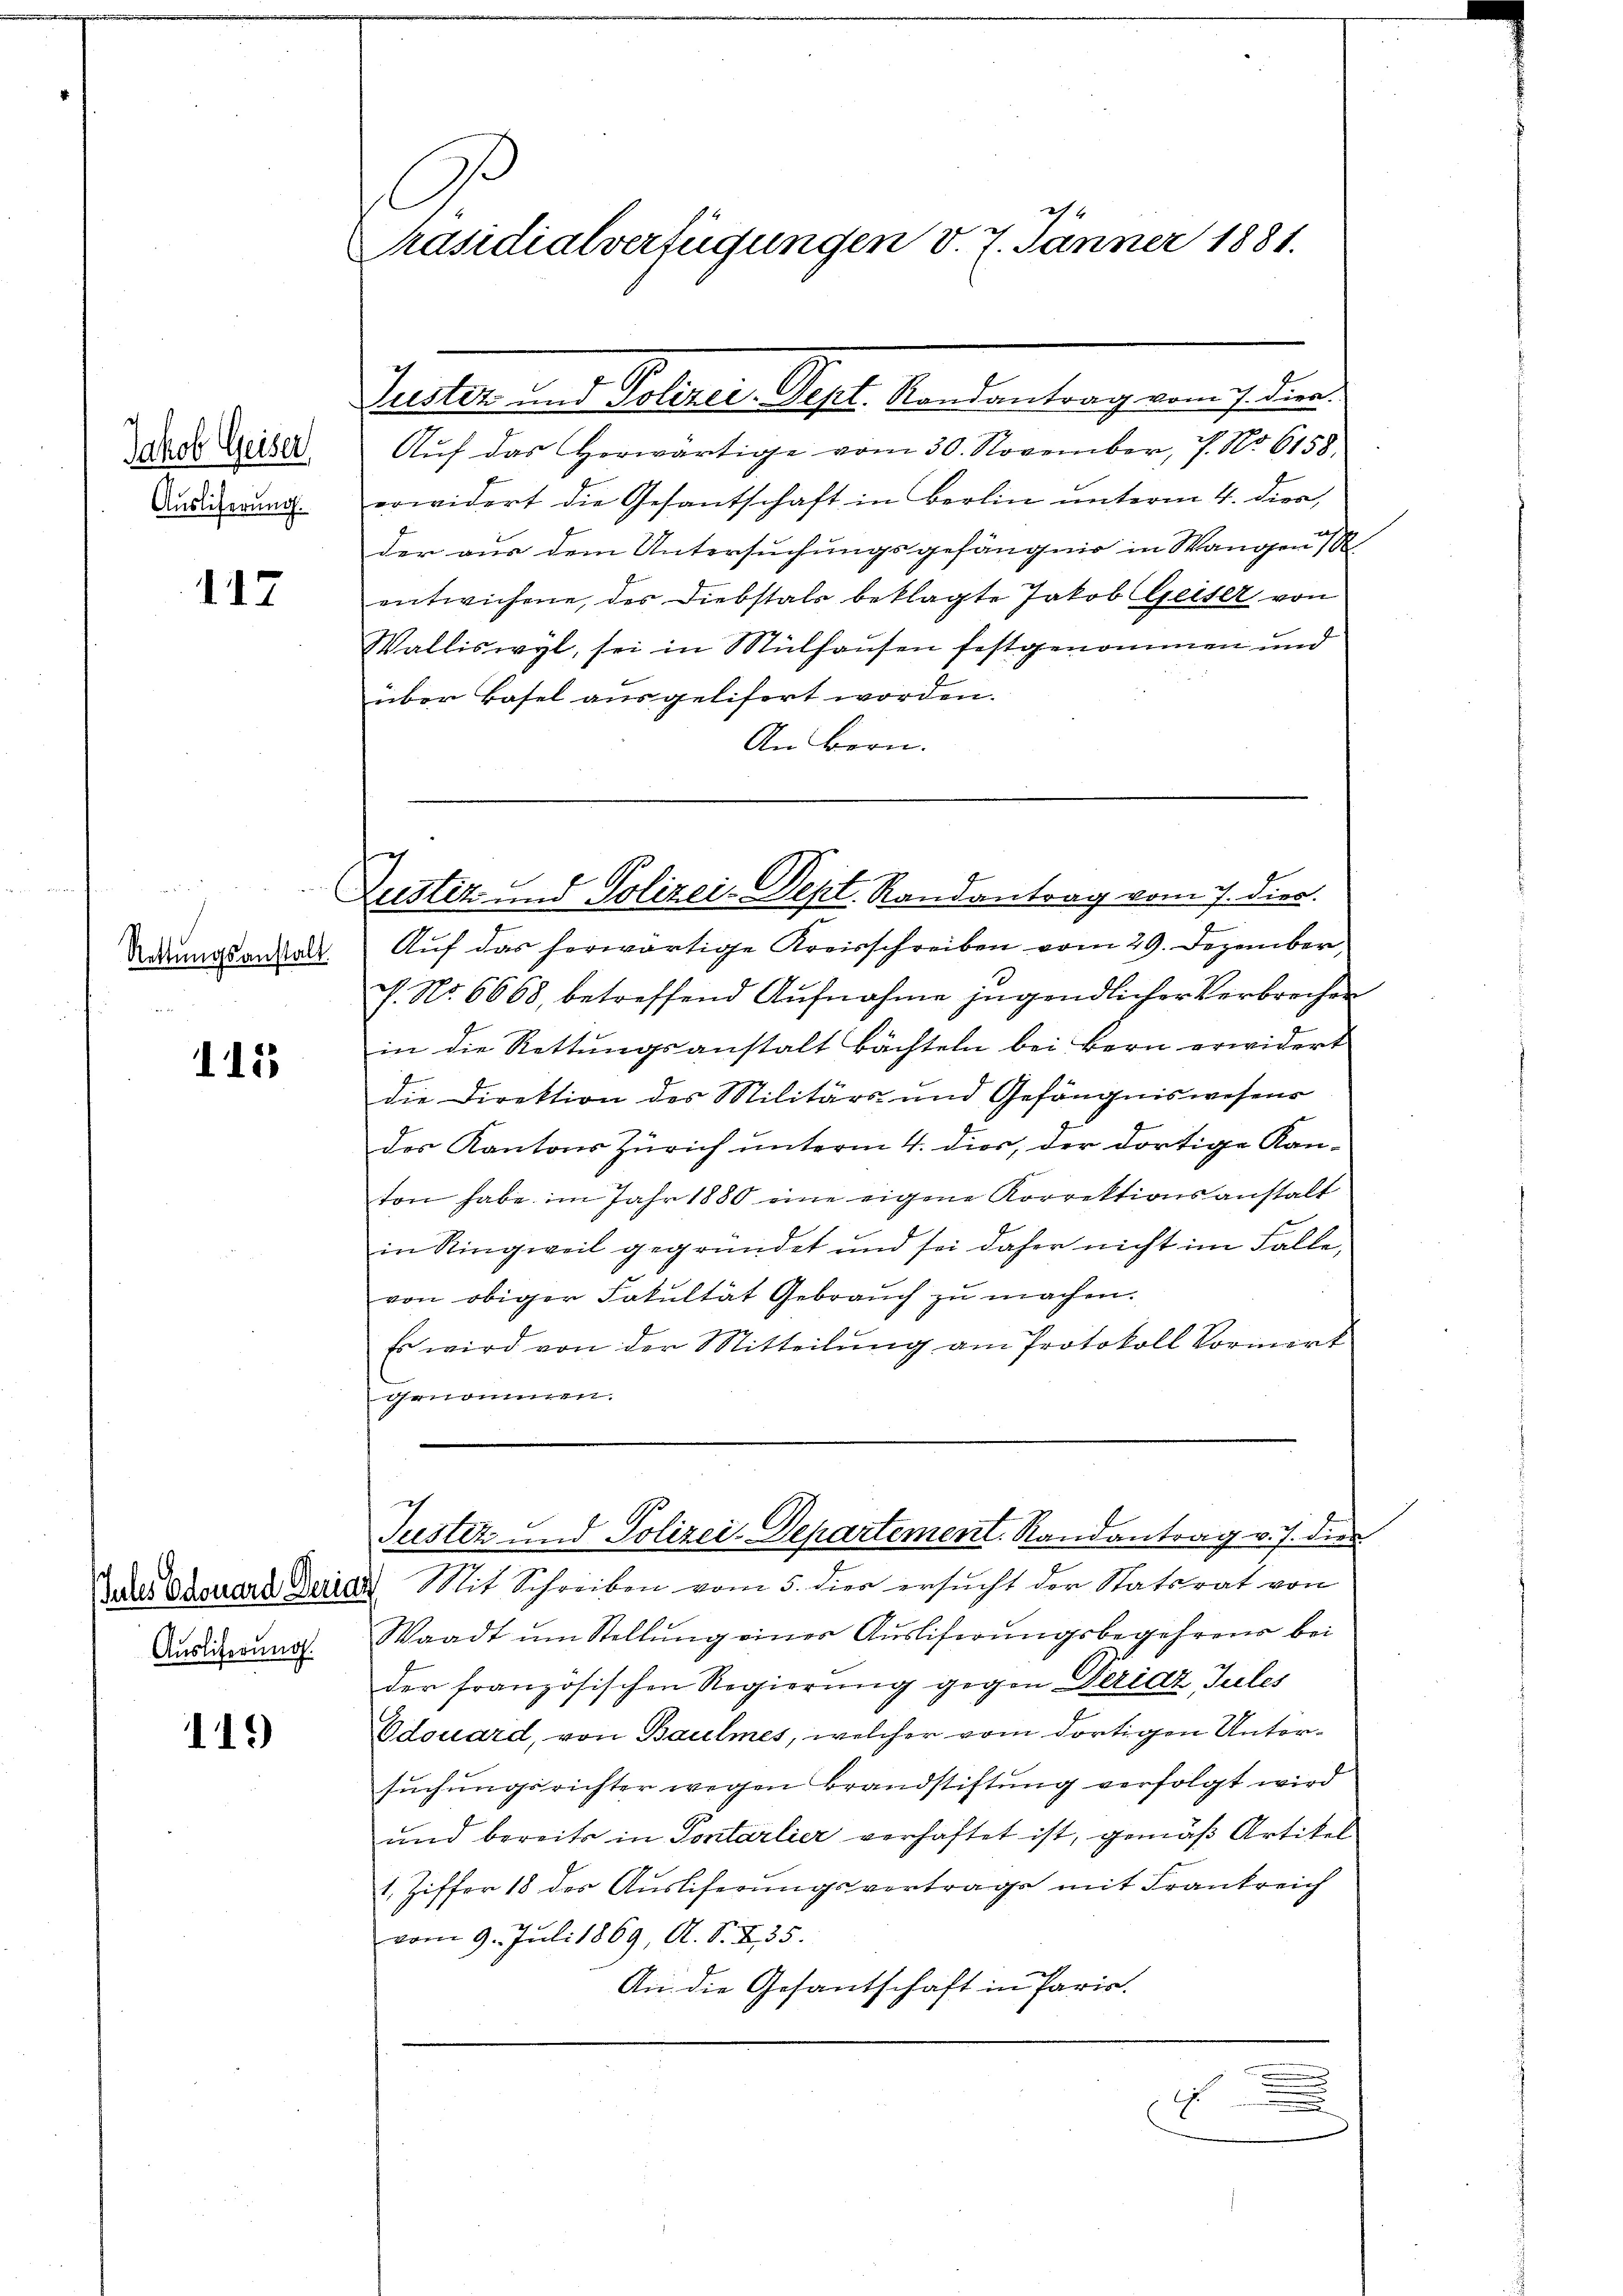
Jakob Geiser
Auslieferung.

117

¬
Rettungsanstalt

115

Ausliterung.

119

Präsidialverfügungen v. 7. Jänner 1881.

Fultern in Geliebe Sept. den den beigen ist und

Zustiz und Polizei-Dept. Randantrag vom 7. dies

Aŭf das herwärtige vom 30. November, 7. No 6158.
erwidert die Gesantschaft in Berlin unterm 4. Divo,
der aus dem Untersuchungsgefängnis in Wangen
entwichene, der Diebstals beklagte Jakob Geiser von
Walliswyl, sei in Mülhausen festgenommen und
über Basel ausgelifert worden.
An Bern.

Auf das herwärtige Kreisschreiben vom 29. Dezember,
f. No. 6668, betreffend Aufnahme jugendlicher Verbrechen
in die Rettungsanstalt Bächteln bei Bern erwidert
die Direktion des Militärs- und Gefängniswesens
des Kantons Zürich unterm 4. dies, der dortige Kanton habe im Jahr 1880 eine eigene Korrektionsanstalt
in Ringweil gegründet und sei daher nicht im Falle,
von obiger Fakultät Gebrauch zu machen.
Es wird von der Mitteilŭng am Protokoll Vormirt
genommen.

Justiz und Polizei-Departement. Randantrag v. J. dies
 des douard Derias Mit Schreiben vom 5. dies ersucht der Statsrat von

Waadt ŭm Stellŭng eines Aŭsliserŭngsbegehrens bei
der französischen Regierung gegen Peridz Jules
Edouard, von Baulmes, welcher vom dortigen Untersuchungsrichter wegen Brandstiftung verfolgt wird
und bereits in Pontarlier verhaftet ist, gemäß Artikel
1. Ziffer 18 des Auslieferungsvertrage mit Frankreich
vom 9. Juli 1869, A. S. 235.
An die Gesantschaft in Paris.

.
.